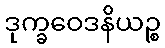
ဒုက္ခဝေဒနိယဉ္စ